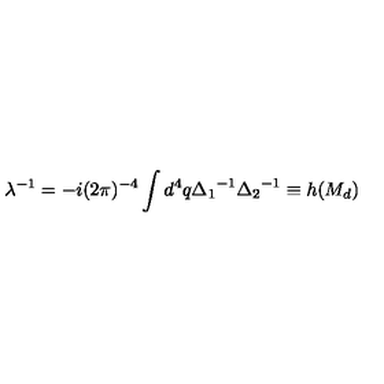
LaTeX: \lambda ^ { - 1 } = - i ( 2 \pi ) ^ { - 4 } \int d ^ { 4 } q { \Delta _ { 1 } } ^ { - 1 } { \Delta _ { 2 } } ^ { - 1 } \equiv h ( M _ { d } )